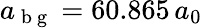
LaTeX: a_{\mathrm{~b~g~}}=60.865\, a_{0}